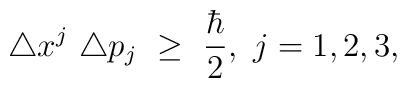
\triangle x^j \ \triangle p_j \ \geq \ \frac{\hbar}{2}, \ j=1,2,3,